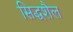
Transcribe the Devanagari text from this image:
सिद्धशैल